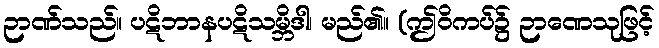
ဉာဏ်သည်။ ပဋိဘာနပဋိသမ္ဘိဒါ၊ မည်၏။ (ဤဝိကပ်၌ ဉာဏေသုဖြင့်